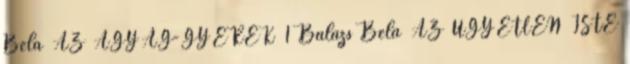
Béla AZ AGYAG-GYEREK 1 Balázs Béla AZ ÜGYETLEN ISTE